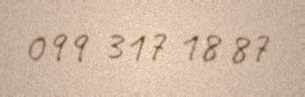
099 317 18 87